65_HS1-834228961_62-HQ-83894_SUB_A
Agency: FBI
Page 59
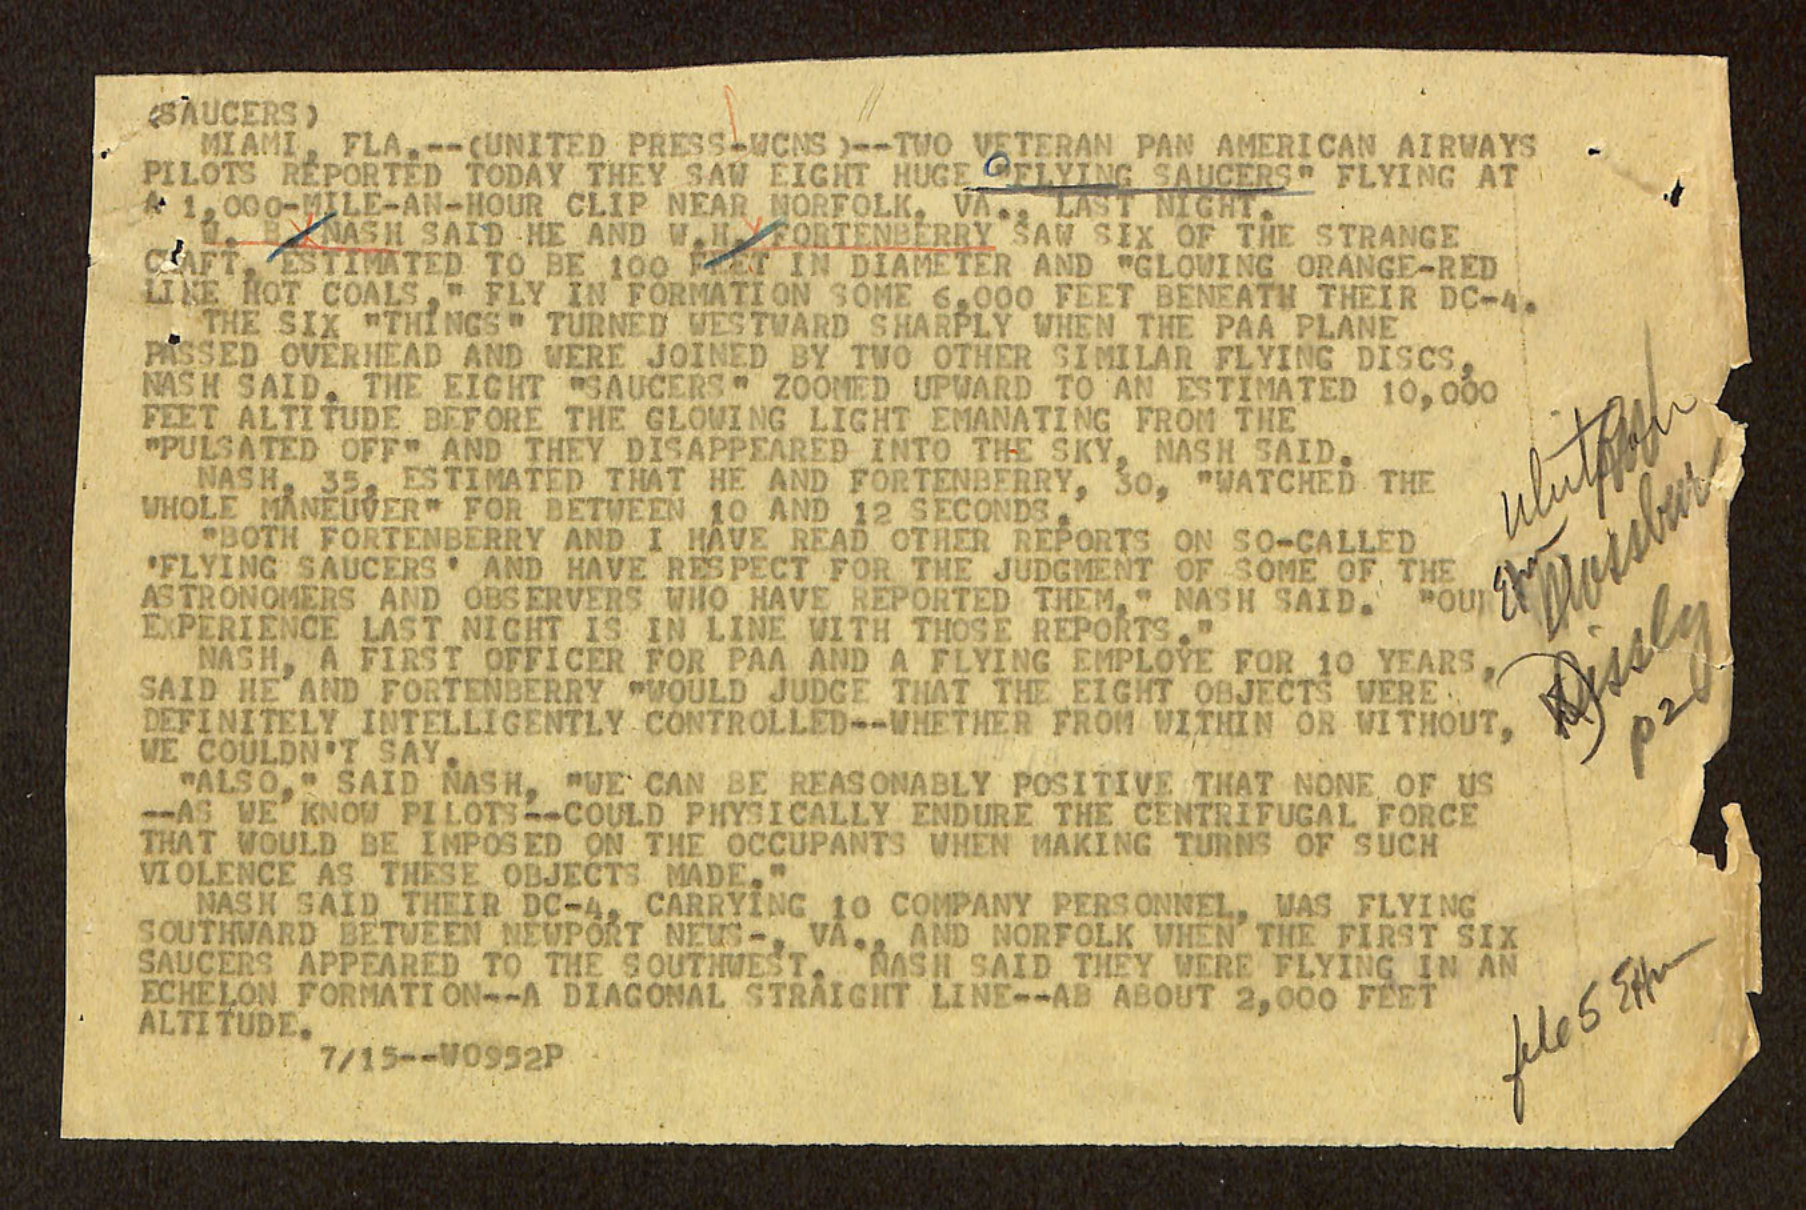